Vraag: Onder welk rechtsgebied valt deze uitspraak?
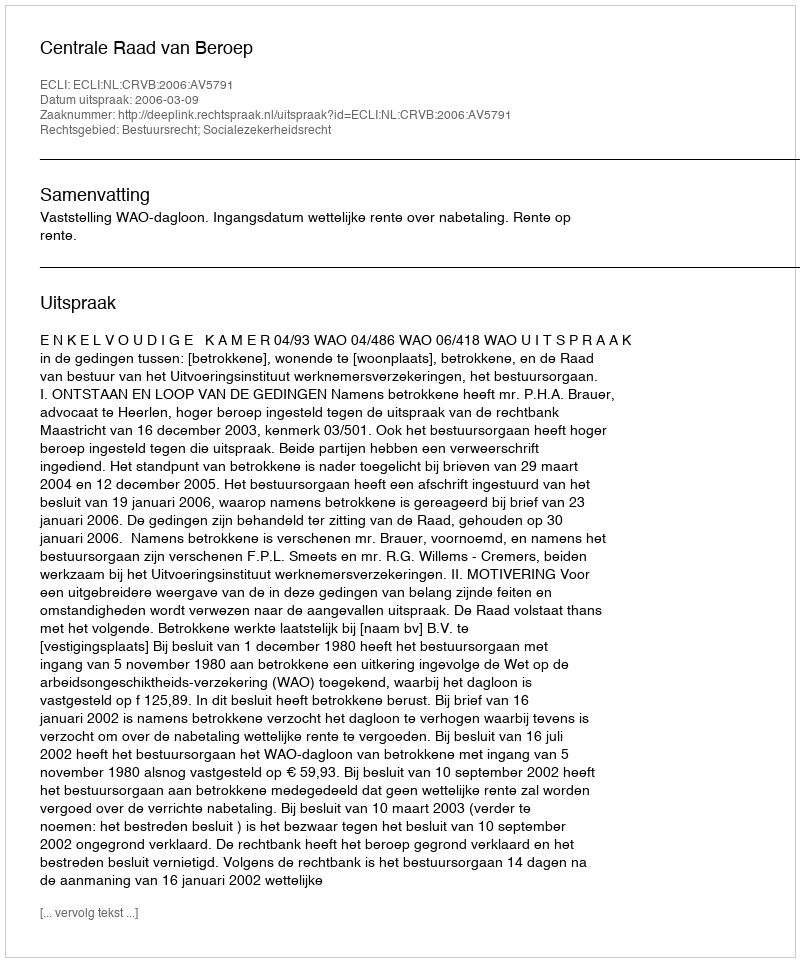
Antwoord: Bestuursrecht; Socialezekerheidsrecht